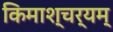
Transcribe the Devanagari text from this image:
किमाश्चर्यम्